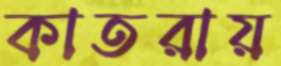
কাতরায়